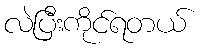
လဲပြီးကိုင်ရတယ်